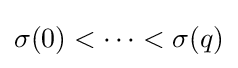
\sigma (0)<\cdots <\sigma (q)